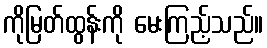
ကိုမြတ်ထွန်းကို မေးကြည့်သည်။